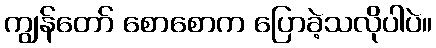
ကျွန်တော် စောစောက ပြောခဲ့သလိုပါပဲ။